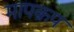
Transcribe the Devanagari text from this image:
मापक्रप